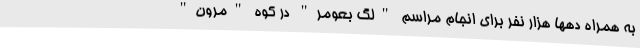
به همراه دهها هزار نفر برای انجام مراسم "لگ بعومر" در کوه "مِرون"